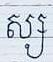
ស្ស